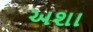
અશા